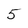
Character: 5